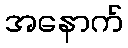
အနောက်